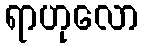
ရာဟုလော